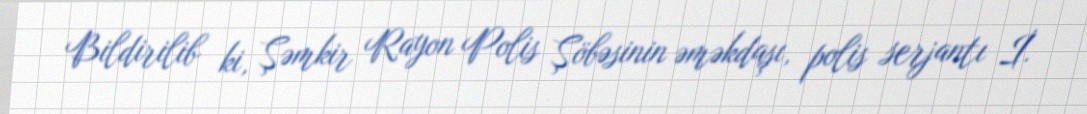
Bildirilib ki, Şəmkir Rayon Polis Şöbəsinin əməkdaşı, polis serjantı İ.